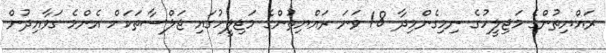
ރައްޔިތުންގެ މަޖިލީހުގެ ނިމިގެންމިދާ 18 ވަނަ ރައްޔިތުންގެ މަޖިލީހުގައި ޖަލްސާތަކަށް އެންމެ ގަވާއިދުން